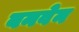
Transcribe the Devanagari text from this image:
बनवेन